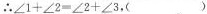
\therefore \angle 1+\angle 2=\angle 2+\angle 3$$，（）